Report on vaccination in the Province of Bengal - 1874-1889
Year: 1874
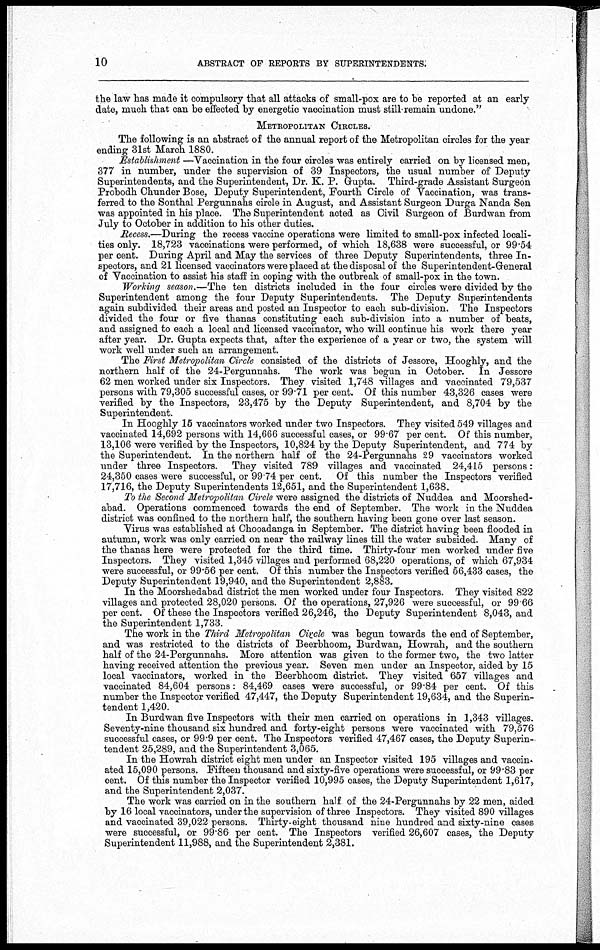
10
ABSTRACT OF REPORTS BY SUPERINTENDENTS.
the law has made it compulsory that all attacks of small-pox are to be reported at an early
date, much that can be effected by energetic vaccination must still remain undone."
METROPOLITAN CIRCLES.
The following is an abstract of the annual report of the Metropolitan circles for the year
ending 31st March 1880.
Establishment —Vaccination in the four circles was entirely carried on by licensed men,
377 in number, under the supervision of 39 Inspectors, the usual number of Deputy
Superintendents, and the Superintendent, Dr. K. P. Gupta. Third-grade Assistant Surgeon
Probodh Chunder Bose, Deputy Superintendent, Fourth Circle of Vaccination, was trans-
ferred to the Sonthal Pergunnahs circle in August, and Assistant Surgeon Durga Nanda Sen
was appointed in his place. The Superintendent acted as Civil Surgeon of Burdwan from
July to October in addition to his other duties.
Recess.—During the recess vaccine operations were limited to small-pox infected locali-
ties only. 18,723 vaccinations were performed, of which 18,638 were successful, or 99.54
per cent. During April and May the services of three Deputy Superintendents, three In-
spectors, and 21 licensed vaccinators were placed at the disposal of the Superintendent-General
of Vaccination to assist his staff in coping with the outbreak of small-pox in the town.
Working season.—The ten districts included in the four circles were divided by the
Superintendent among the four Deputy Superintendents. The Deputy Superintendents
again subdivided their areas and posted an Inspector to each sub-division. The Inspectors
divided the four or five thanas constituting each sub-division into a number of beats,
and assigned to each a local and licensed vaccinator, who will continue his work there year
after year. Dr. Gupta expects that, after the experience of a year or two, the system will
work well under such an arrangement.
The First Metropolitan Circle consisted of the districts of Jessore, Hooghly, and the
northern half of the 24-Pergunnahs. The work was begun in October. In Jessore
62 men worked under six Inspectors. They visited 1,748 villages and vaccinated 79,537
persons with 79,305 successful cases, or 99.71 per cent. Of this number 43,326 cases were
verified by the Inspectors, 23,475 by the Deputy Superintendent, and 8,704 by the
Superintendent.
In Hooghly 15 vaccinators worked under two Inspectors. They visited 549 villages and
vaccinated 14,692 persons with 14,666 successful cases, or 99.67 per cent. Of this number,
13,106 were verified by the Inspectors, 10,824 by the Deputy Superintendent, and 774 by
the Superintendent. In the northern half of the 24-Pergunnahs 29 vaccinators worked
under three Inspectors. They visited 789 villages and vaccinated 24,415 persons:
24,350 cases were successful, or 99.74 per cent. Of this number the Inspectors verified
17,716, the Deputy Superintendents 12,651, and the Superintendent 1,638.
To the Second Metropolitan Circle were assigned the districts of Nuddea and Moorshed-
abad. Operations commenced towards the end of September. The work in the Nuddea
district was confined to the northern half, the southern having been gone over last season.
Virus was established at Chooadanga in September. The district having been flooded in
autumn, work was only carried on near the railway lines till the water subsided. Many of
the thanas here were protected for the third time. Thirty-four men worked under five
Inspectors. They visited 1,345 villages and performed 68,220 operations, of which 67,934
were successful, or 99.56 per cent. Of this number the Inspectors verified 56,433 cases, the
Deputy Superintendent 19,940, and the Superintendent 2,883.
In the Moorshedabad district the men worked under four Inspectors. They visited 822
villages and protected 28,020 persons. Of the operations, 27,926 were successful, or 99 66
per cent. Of these the Inspectors verified 26,246, the Deputy Superintendent 8,043, and
the Superintendent 1,733.
The work in the Third Metropolitan Circle was begun towards the end of September,
and was restricted to the districts of Beerbhoom, Burdwan, Howrah, and the southern
half of the 24-Pergunnahs. More attention was given to the former two, the two latter
having received attention the previous year. Seven men under an Inspector, aided by 15
local vaccinators, worked in the Beerbhoom district. They visited 657 villages and
vaccinated 84,604 persons: 84,469 cases were successful, or 99.84 per cent. Of this
number the Inspector verified 47,447, the Deputy Superintendent 19,634, and the Superin-
tendent 1,420.
In Burdwan five Inspectors with their men carried on operations in 1,343 villages.
Seventy-nine thousand six hundred and forty-eight persons were vaccinated with 79,576
successful cases, or 99.9 per cent. The Inspectors verified 47,467 cases, the Deputy Superin-
tendent 25,289, and the Superintendent 3,065.
In the Howrah district eight men under an Inspector visited 195 villages and vaccin-
ated 15,090 persons. Fifteen thousand and sixty-five operations were successful, or 99.83 per
cent. Of this number the Inspector verified 10,995 cases, the Deputy Superintendent 1,617,
and the Superintendent 2,037.
The work was carried on in the southern half of the 24-Pergunnahs by 22 men, aided
by 16 local vaccinators, under the supervision of three Inspectors. They visited 890 villages
and vaccinated 39,022 persons. Thirty-eight thousand nine hundred and sixty-nine cases
were successful, or 99.86 per cent. The Inspectors verified 26,607 cases, the Deputy
Superintendent 11,988, and the Superintendent 2,381.